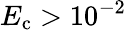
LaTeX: E_{\mathrm{c}}>10^{-2}